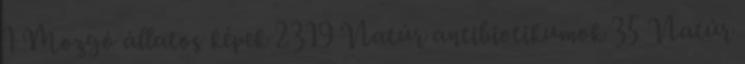
1 Mozgó állatos képek 2319 Natúr antibiotikumok 35 Natúr